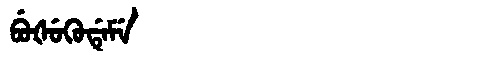
Manchu: ᠪᡠᡧᡠᡴᡠᡩᡝᠮᡝ
Romanization: BUŠUKUDEME